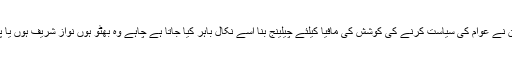
جس حکمران نے عوام کی سیاست کرنے کی کوشش کی مافیا کیلئے چیلینج بنا اسے نکال باہر کیا جاتا ہے چاہے وہ بھٹو ہوں نواز شریف ہوں یا پھر جونیجو ۔